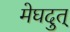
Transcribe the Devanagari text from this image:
मेघदुत्